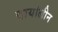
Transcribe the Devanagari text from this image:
वायोलीन